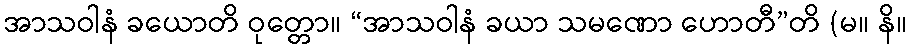
အာသဝါနံ ခယောတိ ဝုတ္တော။ “အာသဝါနံ ခယာ သမဏော ဟောတီ”တိ (မ။ နိ။